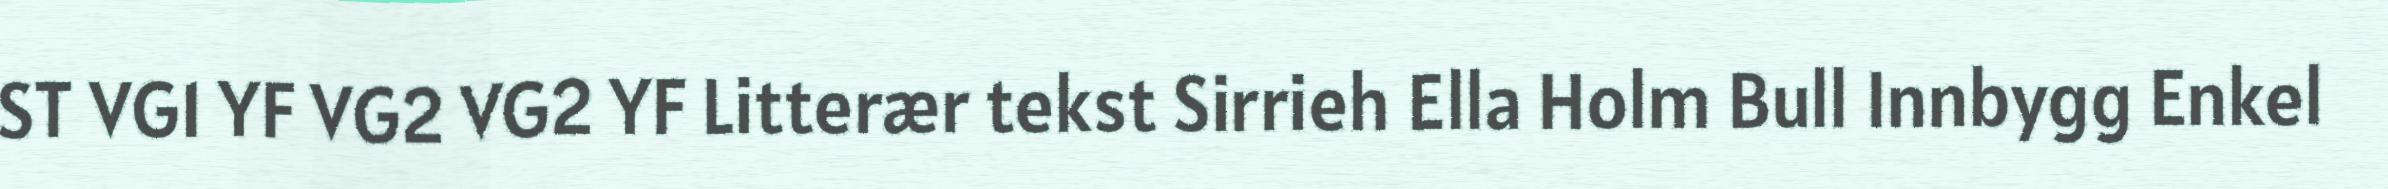
ST VG1 YF VG2 VG2 YF Litterær tekst Sirrieh Ella Holm Bull Innbygg Enkel